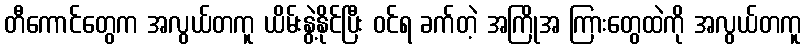
တီကောင်တွေက အလွယ်တကူ ယိမ်းနွဲ့နိုင်ပြီး ဝင်ရ ခက်တဲ့ အကြိုအ ကြားတွေထဲကို အလွယ်တကူ